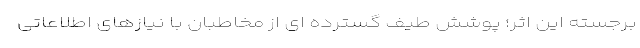
برجسته این اثر؛ پوشش طیف گسترده ای از مخاطبان با نیازهای اطلاعاتی